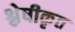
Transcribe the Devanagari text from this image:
श्लेषीकृत